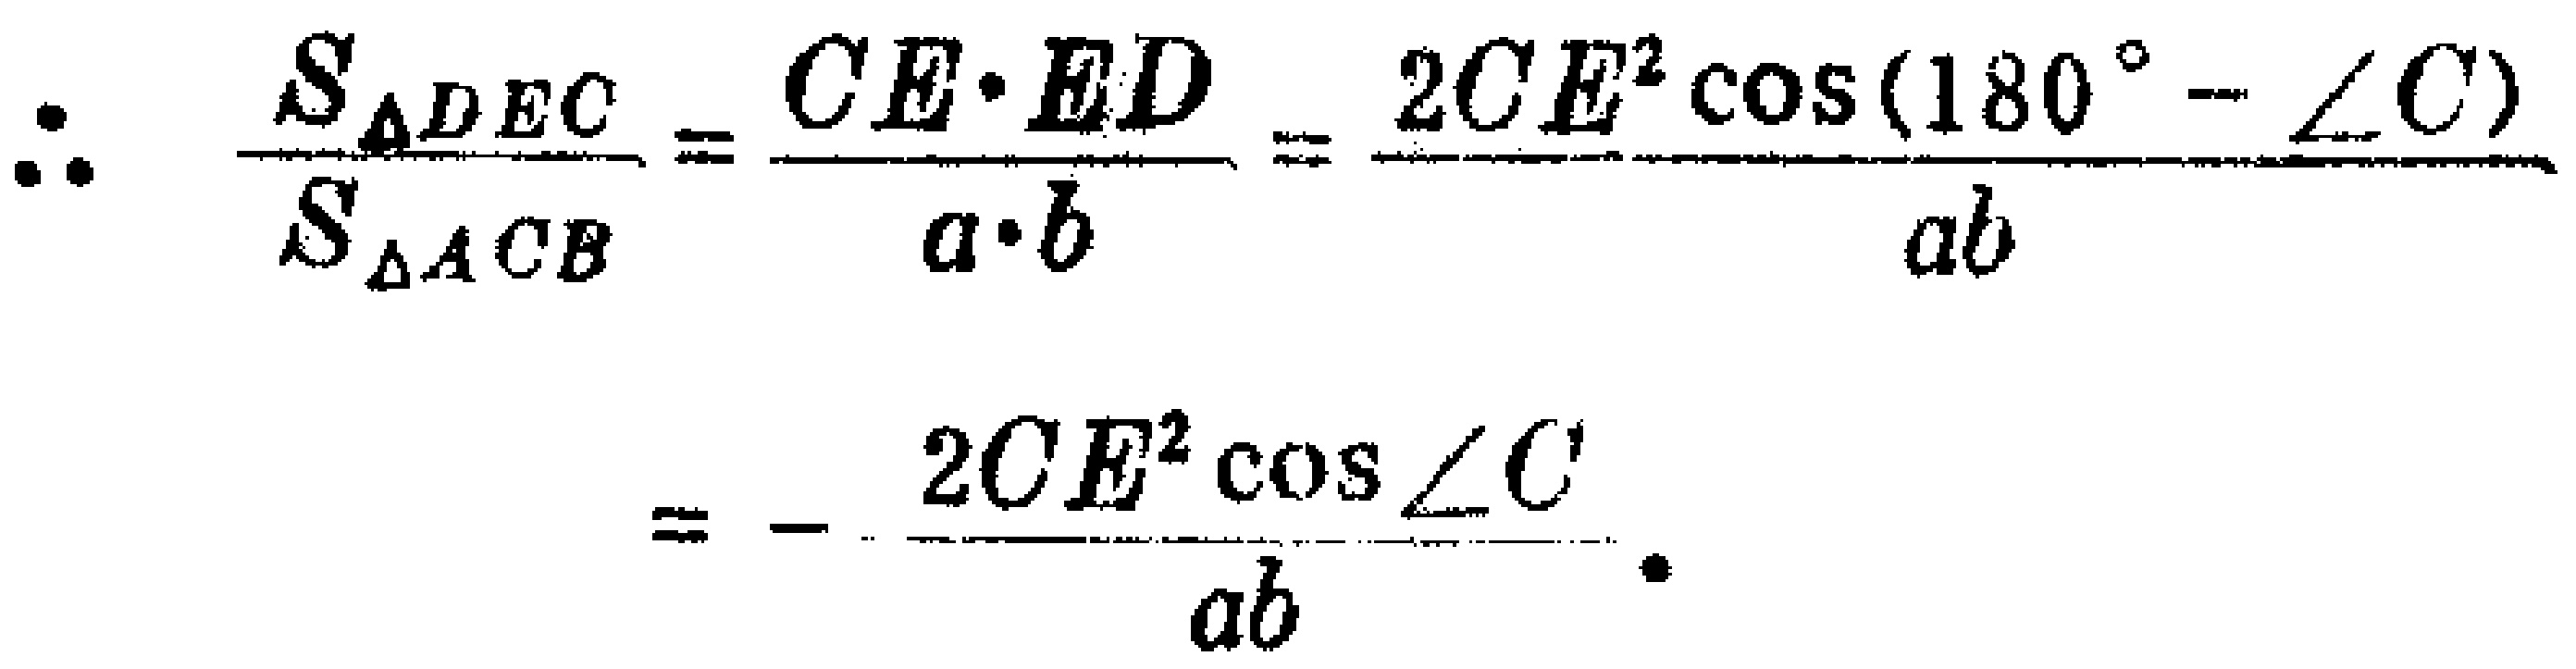
\[\therefore \quad \frac{S_{\triangle DEC}}{S_{\triangle ACB}}=\frac{CE\cdot ED}{a\cdot b}=\frac{2CE^{2}\cos(180^{\circ}-\angle C)}{ab}=-\frac{2CE^{2}\cos\angle C}{ab}\cdot\]